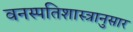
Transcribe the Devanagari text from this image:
वनस्पतिशास्त्रानुसार